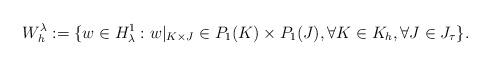
LaTeX: \begin{align*}W_h^{\lambda} := \{ w \in H_{\lambda}^1: w|_{K \times J} \in P_1(K) \times P_1(J), \forall K \in K_h, \forall J \in J_{\tau} \}. \end{align*}